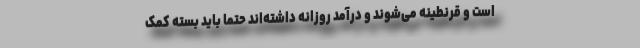
است و قرنطینه می‌شوند و درآمد روزانه داشته‌اند حتما باید بسته کمک